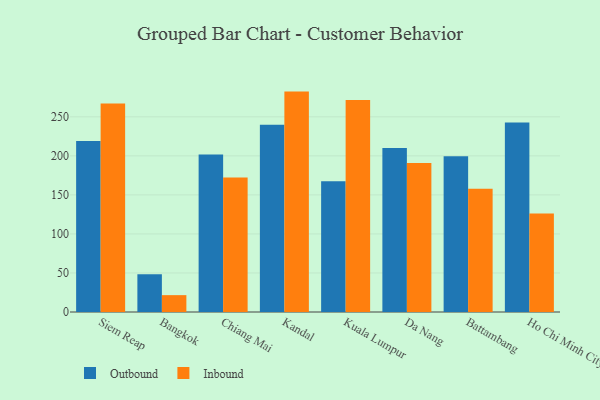
{"axis": {"x": "City", "y": "Inventory Turnover"}, "legend": ["Inbound", "Outbound"], "data": [{"x": "Siem Reap", "y": 219.0, "type": "Outbound"}, {"x": "Siem Reap", "y": 267.1, "type": "Inbound"}, {"x": "Bangkok", "y": 48.2, "type": "Outbound"}, {"x": "Bangkok", "y": 21.6, "type": "Inbound"}, {"x": "Chiang Mai", "y": 201.7, "type": "Outbound"}, {"x": "Chiang Mai", "y": 172.4, "type": "Inbound"}, {"x": "Kandal", "y": 239.7, "type": "Outbound"}, {"x": "Kandal", "y": 282.3, "type": "Inbound"}, {"x": "Kuala Lumpur", "y": 167.4, "type": "Outbound"}, {"x": "Kuala Lumpur", "y": 271.6, "type": "Inbound"}, {"x": "Da Nang", "y": 209.9, "type": "Outbound"}, {"x": "Da Nang", "y": 190.8, "type": "Inbound"}, {"x": "Battambang", "y": 199.6, "type": "Outbound"}, {"x": "Battambang", "y": 157.8, "type": "Inbound"}, {"x": "Ho Chi Minh City", "y": 242.8, "type": "Outbound"}, {"x": "Ho Chi Minh City", "y": 126.2, "type": "Inbound"}]}